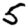
Digit: 5